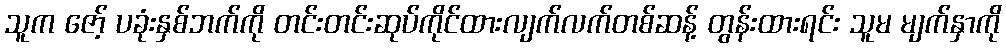
သူက ဇော့် ပခုံးနှစ်ဘက်ကို တင်းတင်းဆုပ်ကိုင်ထားလျက်လက်တစ်ဆန့် တွန်းထားရင်း သူမ မျက်နှာကို